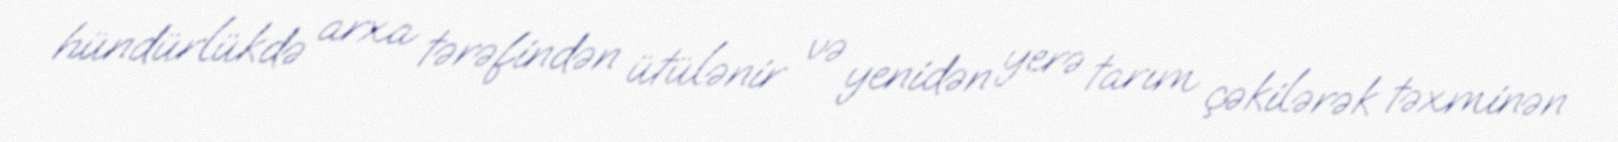
hündürlükdə arxa tərəfindən ütülənir və yenidən yerə tarım çəkilərək təxminən